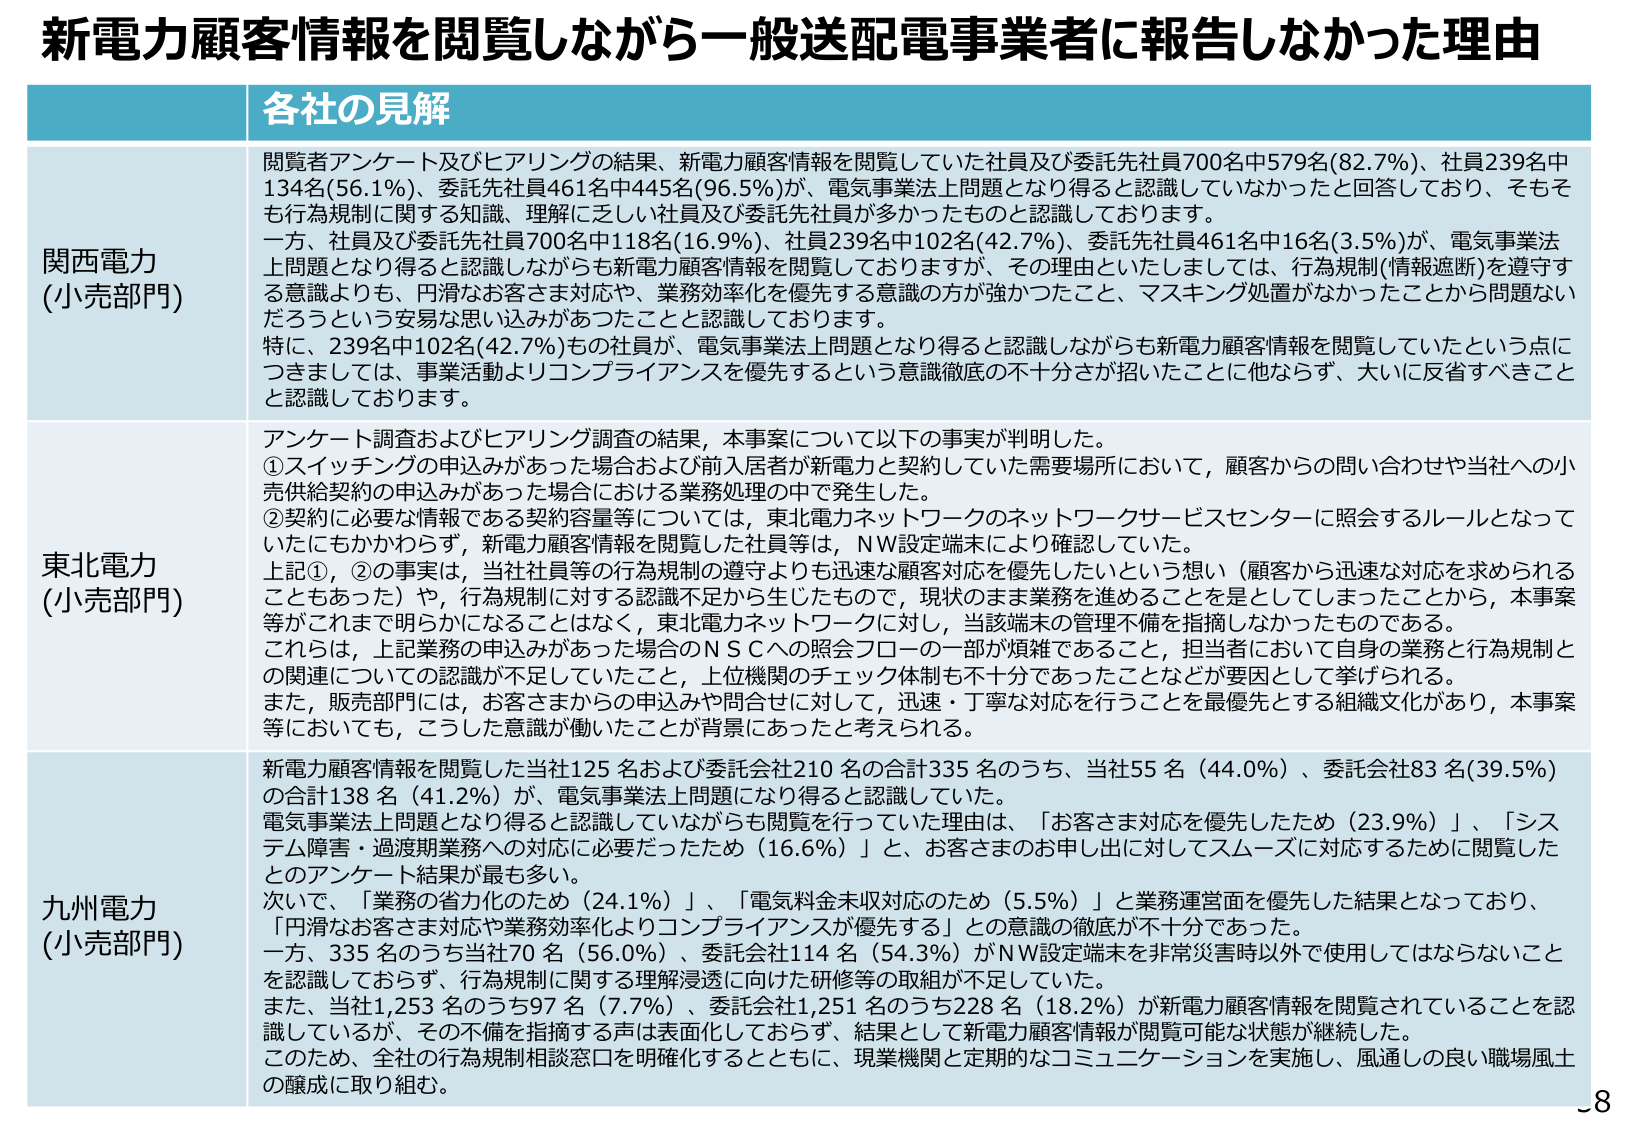
新電力顧客情報を閲覧しながら一般送配電事業者に報告しなかった理由

各社の見解

関西電力
(小売部門)
閲覧者アンケート及びヒアリングの結果、新電力顧客情報を閲覧していた社員及び委託先社員700名中579名(82.7%)、社員239名中134名(56.1%)、委託先社員461名中445名(96.5%)が、電気事業法上問題となり得ると認識していなかったと回答しており、そもそも行為規制に関する知識、理解に乏しい社員及び委託先社員が多かったものと認識しております。
一方、社員及び委託先社員700名中118名(16.9%)、社員239名中102名(42.7%)、委託先社員461名中16名(3.5%)が、電気事業法上問題となり得ると認識しながらも新電力顧客情報を閲覧しておりますが、その理由といたしましては、行為規制(情報遮断)を遵守する意識よりも、円滑なお客さま対応や、業務効率化を優先する意識の方が強かったこと、マスキング処置がなかったことから問題ないだろうという安易な思い込みがあったことと認識しております。
特に、239名中102名(42.7%)もの社員が、電気事業法上問題となり得ると認識しながらも新電力顧客情報を閲覧していたという点につきましては、事業活動よりコンプライアンスを優先するという意識徹底の不十分さが招いたことに他ならず、大いに反省すべきことと認識しております。

東北電力
(小売部門)
アンケート調査およびヒアリング調査の結果、本事案について以下の事実が判明した。
①スイッチングの申込みがあった場合および前入居者が新電力と契約していた需要場所において、顧客からの問い合わせや当社への小売供給契約の申込みがあった場合における業務処理の中で発生した。
②契約に必要な情報である契約容量等については、東北電力ネットワークのネットワークサービスセンターに照会するルールとなっていてもかかわらず、新電力顧客情報を閲覧した社員等は、NW設定端末により確認していた。
上記①、②の事実は、当社社員等の行為規制の遵守よりも迅速な顧客対応を優先したいという想い（顧客から迅速な対応を求められることもあった）や、行為規制に対する認識不足から生じたもので、現状のまま業務を進めることを是としてしまったことから、本事案等がこれまで明らかになることはなく、東北電力ネットワークに対し、当該端末の管理不備を指摘しなかったものである。
これは、上記業務の申込みがあった場合のNSCへの照会フローの一部が煩雑であること、担当者において自身の業務と行為規制との関連についての認識が不足していたこと、上位機関のチェック体制も不十分であったことなどが要因として挙げられる。
また、販売部門には、お客さまからの申込みや問合せに対して、迅速・丁寧な対応を行うことを最優先とする組織文化があり、本事案等においても、こうした意識が働いたことが背景にあったと考えられる。

九州電力
(小売部門)
新電力顧客情報を閲覧した当社125名および委託会社210名の合計335名のうち、当社55名(44.0%)、委託会社83名(39.5%)の合計138名(41.2%)が、電気事業法上問題になり得ると認識していた。
電気事業法上問題となり得ると認識していながらも閲覧を行っていた理由は、「お客さま対応を優先したため(23.9%)」、「システム障害・過渡期業務への対応に必要だったため(16.6%)」と、お客さまのお申し出に対してスムーズに対応するために閲覧したとのアンケート結果が最も多い。
次いで、「業務の省力化のため(24.1%)」、「電気料金未収対応のため(5.5%)」と業務運営面を優先した結果となっており、「円滑なお客さま対応や業務効率化よりコンプライアンスが優先する」との意識の徹底が不十分であった。
一方、335名のうち当社70名(56.0%)、委託会社114名(54.3%)がNW設定端末を非常災害時以外で使用してはならないことを認識しておらず、行為規制に関する理解浸透に向けた研修等の取組が不足していた。
また、当社1,253名のうち97名(7.7%)、委託会社1,251名のうち228名(18.2%)が新電力顧客情報を閲覧されていることを認識しているが、その不備を指摘する声は表面化しておらず、結果として新電力顧客情報が閲覧可能な状態が継続した。
このため、全社の行為規制相談窓口を明確化するとともに、現業機関と定期的なコミュニケーションを実施し、風通しの良い職場風土の醸成に取り組む。

8